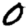
Digit: 0